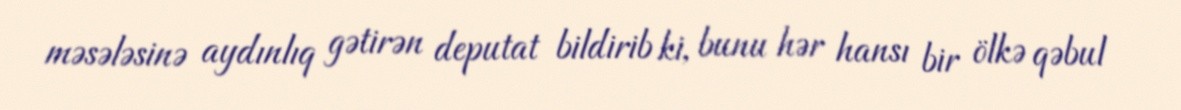
məsələsinə aydınlıq gətirən deputat bildirib ki, bunu hər hansı bir ölkə qəbul